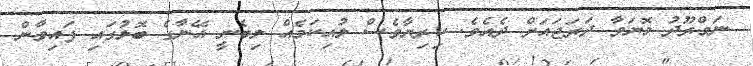
ނަމްރޫދު މޮޔަވާ ދަރަޖައަށް ދެއެވެ. ކިރިޔާވެސް ލުއިކަމެއް ލިބެނީ އޭނާގެ ބޮލުގައި ފައިވާން